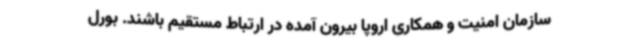
سازمان امنیت و همکاری اروپا بیرون آمده در ارتباط مستقیم باشند. بورل